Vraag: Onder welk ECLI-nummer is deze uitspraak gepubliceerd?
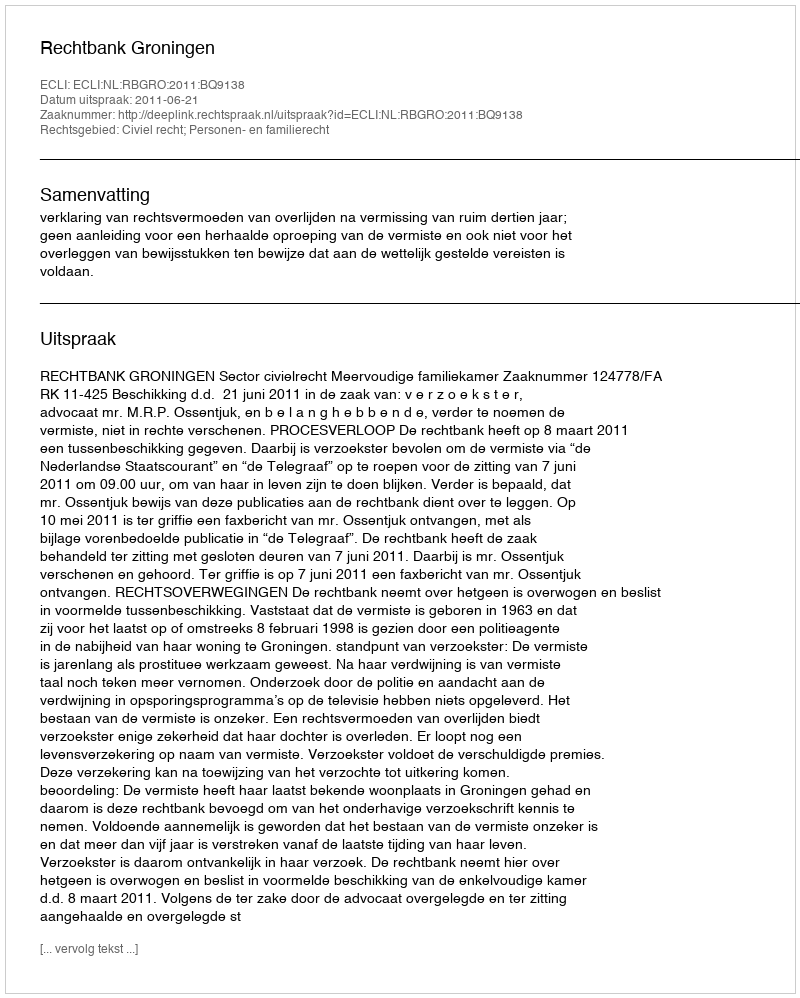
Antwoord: ECLI:NL:RBGRO:2011:BQ9138